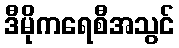
ဒီမိုကရေစီအသွင်